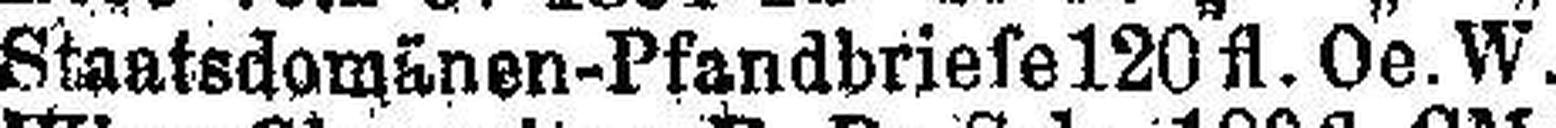
Staatsdomänen-Pfandbriefe 120 fl. Oe.W.